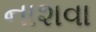
નાશવા